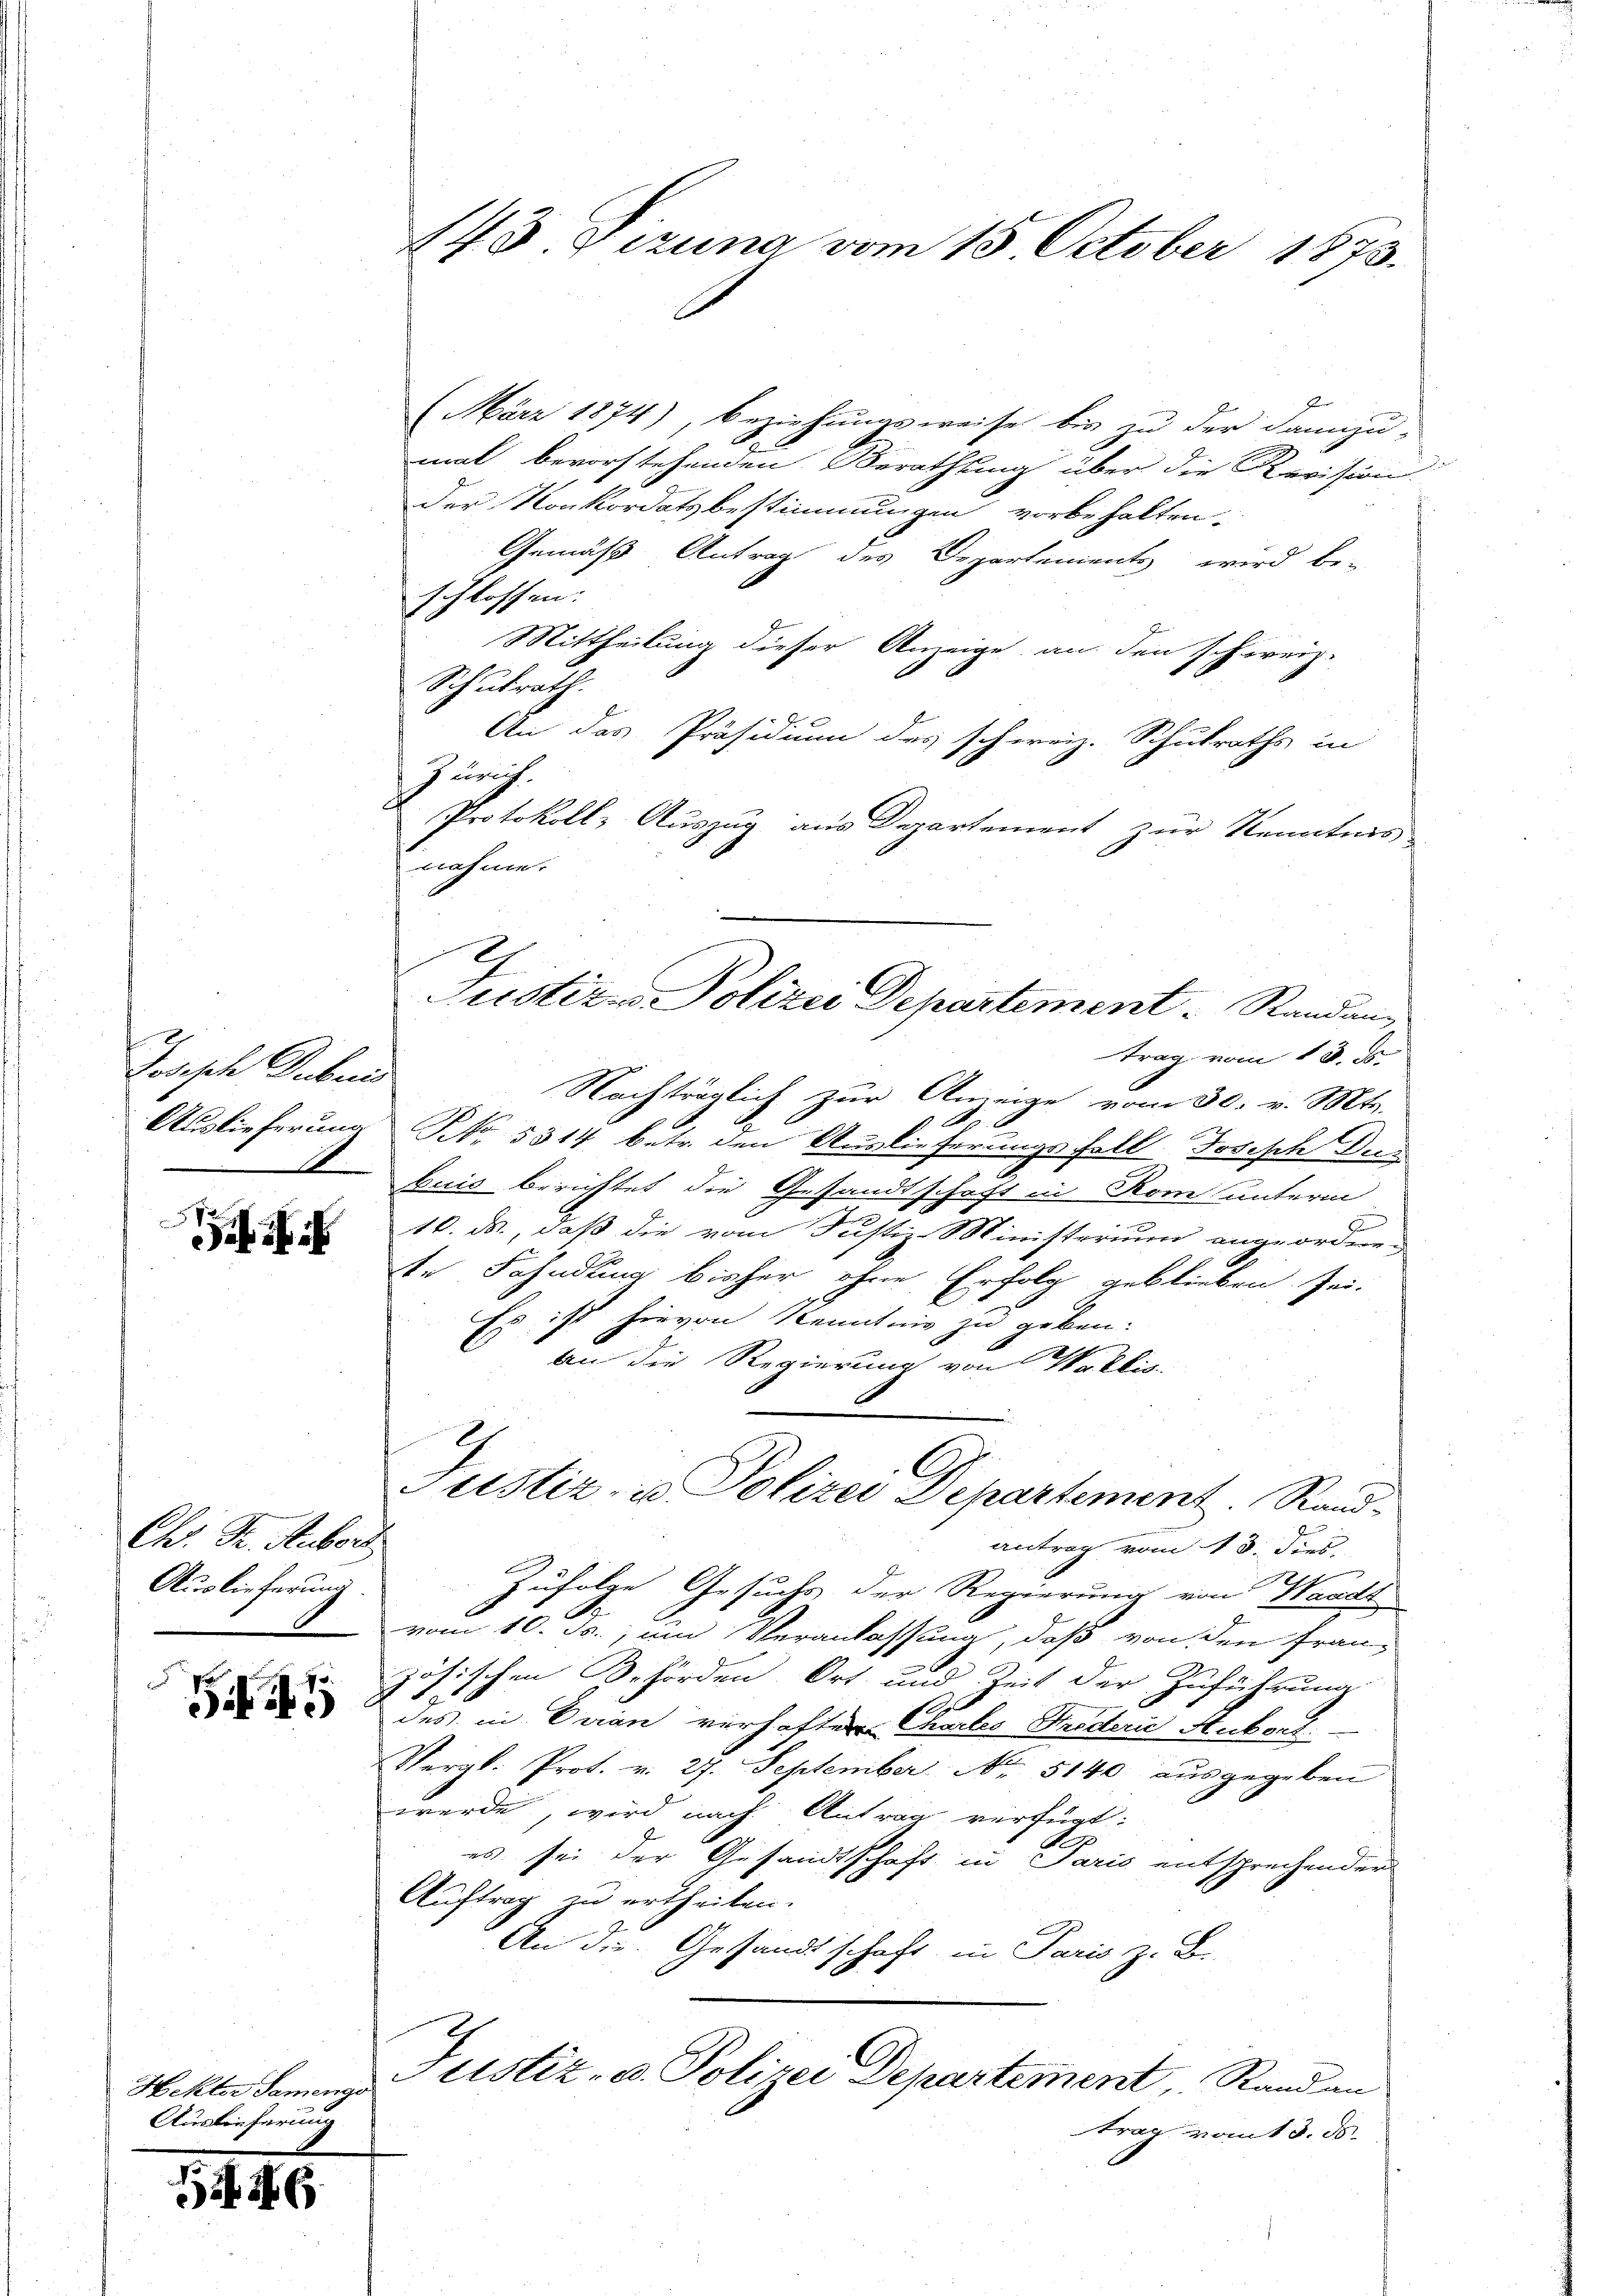
Jodische Geben
.

Ch. Fr. Aubor
Auslieferung

Sif. 41

Hekter Samenge
Auslieferu

NG

143. Sizung vom 15. October 1873.

I
(März 1874), beziehungsweise bis zu der dannzu-
mal bevorstehenden Berathung über die Revision.
der Konkordatsbestimmungen vorbehalten.
Gemäß Antrag des Departements wird be-
schlossen.
Mittheilung dieser Anzeige an den schweiz.
Schulrath.
An das Präsidium des schweiz. Schulraths in
Zürich.
Protokoll- Auszug aus Departement zur Kenntnis
nahme.
trag vom 13. ds.
Nachträglich zur Anzeige vom 30. v. Mts.
A
e
Auslieferung No. 5314 betr. den Auslieferungsfall Joseph Drau
buis berichtet die Gesandtschaft in Rom unterm
b
10. ds., daß die vom Justiz-Ministerium angeordnete Fahndung bisher ohne Erfolg geblieben sei-
Es ist hievon Kenntnis zu geben.
an die Regierung von Wallis
Justiz- u Polizei Departement. Randantrag vom 13. Dies
Zufolge Gesuchs der Regierung von Waadt
vom 10. Js., ein Veranlassung, daß von den Französischen Behörden Ort und Zeit der Zuführung
r
des in Veran verhaften Chartes Frederić Auborl.
Vergl. Prot. v. 27. September No. 5140 ausgegeben
werde, wird nach Antrag verfügt:
A
es sei der Gesandtschaft in Paris entsprechender
Auftrag zu ertheilen.
An die Gesandtschaft in Paris z. B.
Justiz- u. Polizei Departement Randan
trag vom 3. 58.

Justizes Polizei Departement. Randans